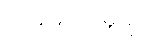
ဝန်ဆောင်မှုများ